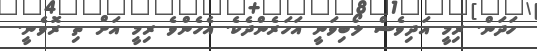
ހަދަން. ރިމީ އަދިވެސް ލޯބިވަނީ އަހަރެންދެކެ. އެހެންވެ ރިމީ އަށް ތި ރޮވެނީ.